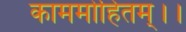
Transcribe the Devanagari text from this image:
काममोहितम्।।